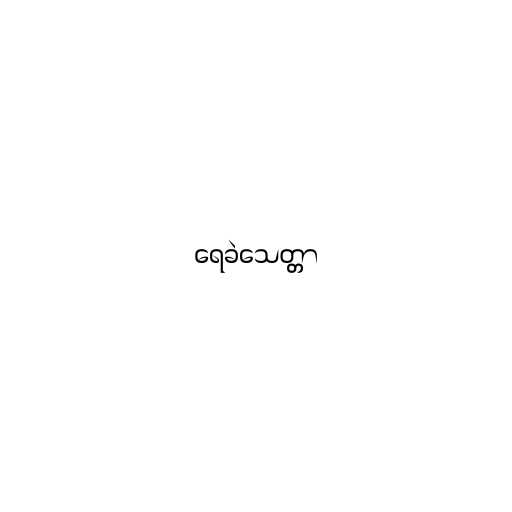
ရေခဲသေတ္တာ